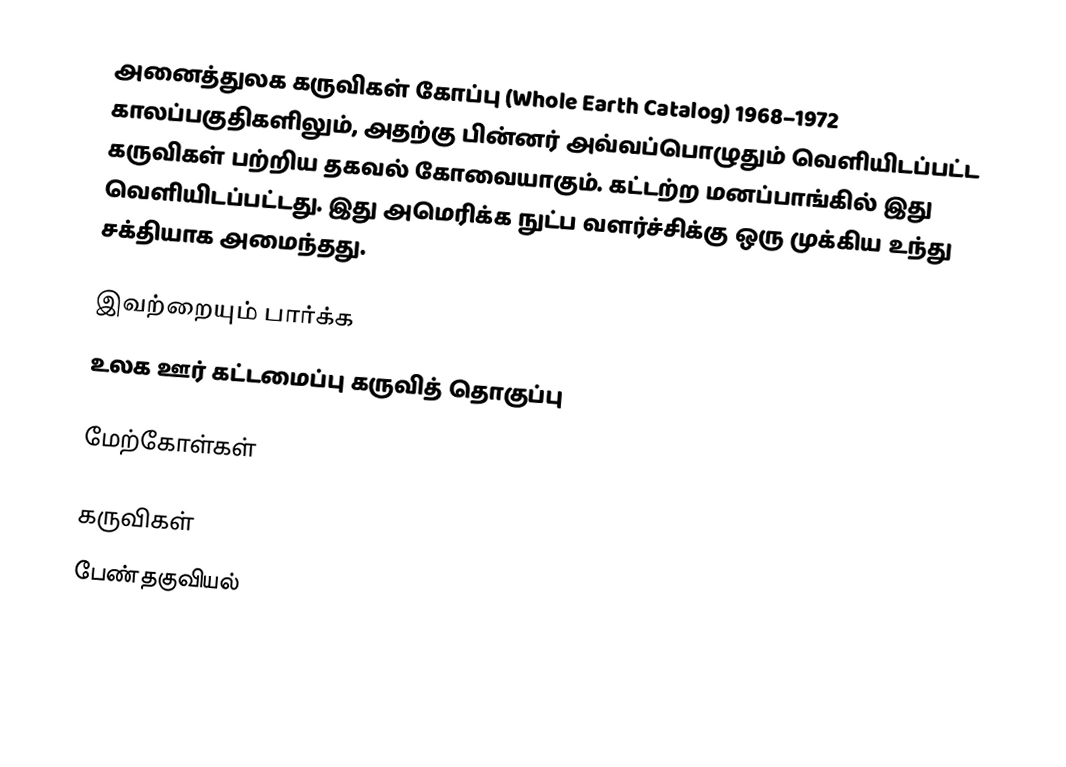
அனைத்துலக கருவிகள் கோப்பு (Whole Earth Catalog) 1968–1972 காலப்பகுதிகளிலும், அதற்கு பின்னர் அவ்வப்பொழுதும் வெளியிடப்பட்ட கருவிகள் பற்றிய தகவல் கோவையாகும். கட்டற்ற மனப்பாங்கில் இது வெளியிடப்பட்டது. இது அமெரிக்க நுட்ப வளர்ச்சிக்கு ஒரு முக்கிய உந்து சக்தியாக அமைந்தது.

இவற்றையும் பார்க்க
 உலக ஊர் கட்டமைப்பு கருவித் தொகுப்பு

மேற்கோள்கள்

கருவிகள்
பேண்தகுவியல்